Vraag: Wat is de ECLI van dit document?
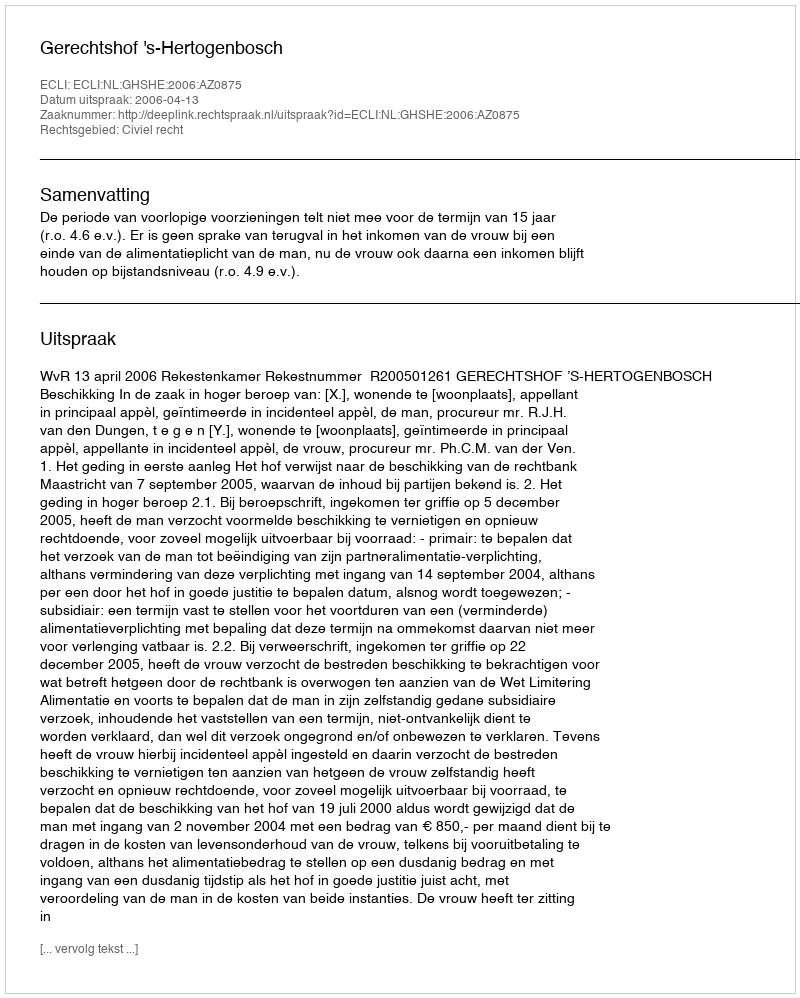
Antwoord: ECLI:NL:GHSHE:2006:AZ0875